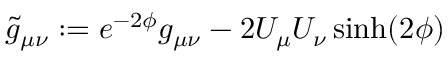
\tilde { g } _ { \mu \nu } : = e ^ { - 2 \phi } g _ { \mu \nu } - 2 U _ { \mu } U _ { \nu } \sinh ( 2 \phi )